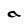
Character: a